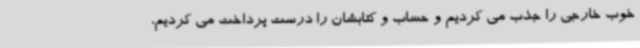
خوب خارجی را جذب می کردیم و حساب و کتابشان را درست پرداخت می کردیم،